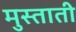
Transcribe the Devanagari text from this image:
मुस्ताती